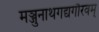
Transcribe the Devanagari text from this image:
मञ्जुनाथगद्यगौरवम्